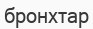
бронхтар